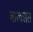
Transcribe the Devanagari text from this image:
चारक्सस